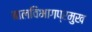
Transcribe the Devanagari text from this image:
बालविभागप्रमुख